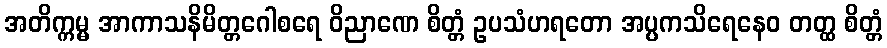
အတိက္ကမ္မ အာကာသနိမိတ္တဂေါစရေ ဝိညာဏေ စိတ္တံ ဥပသံဟရတော အပ္ပကသိရေနေဝ တတ္ထ စိတ္တံ